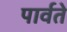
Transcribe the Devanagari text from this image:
पार्वते